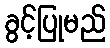
ခွင့်ပြုမည်